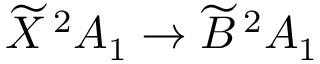
\widetilde { X } \, ^ { 2 } A _ { 1 } \rightarrow \widetilde { B } \, ^ { 2 } A _ { 1 }